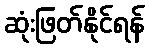
ဆုံးဖြတ်နိုင်ရန်